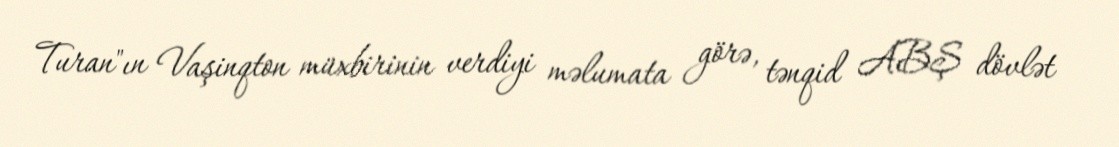
Turan"ın Vaşinqton müxbirinin verdiyi məlumata görə, tənqid ABŞ dövlət